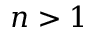
n > 1